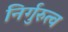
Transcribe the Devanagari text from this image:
निर्गुरुत्व